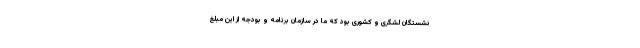
نشستگان لشگری و کشوری بود که ما در سازمان برنامه و بودجه از این مبلغ